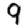
Digit: 9